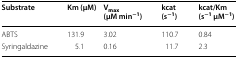
| Substrate | Km (μM) | Vmax (μM min−1) | kcat (s−1) | kcat/Km (s−1 μM−1) |
 | --- | --- | --- | --- | --- |
 | ABTS | 131.9 | 3.02 | 110.7 | 0.84 |
 | Syringaldazine | 5.1 | 0.16 | 11.7 | 2.3 |